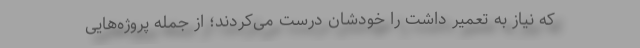
که نیاز به تعمیر داشت را خودشان درست می‌کردند؛ از جمله پروژه‌هایی